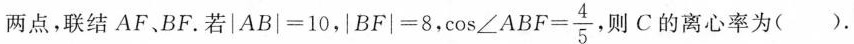
两点，联结AF、BF.若|AB|=10，|BF|=8， $$\cos ∠A B F= \frac{4}{5}$$ 则C的离心率为().